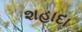
શહાદા